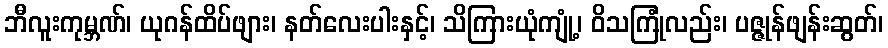
ဘီလူးကုမ္ဘဏ်၊ ယုဂန်ထိပ်ဖျား၊ နတ်လေးပါးနှင့်၊ သိကြားယုံကျုံ့၊ ဝိသကြုံလည်း၊ ပဇ္ဇုန်ဖျန်းဆွတ်၊